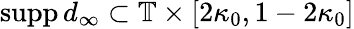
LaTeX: \mathrm{supp}\, d_{\infty}\subset\mathbb{T}\times[2\kappa_{0},1-2\kappa_{0}]